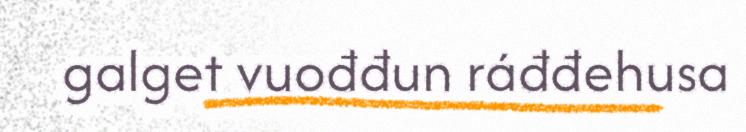
galget vuođđun ráđđehusa